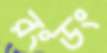
রংডং